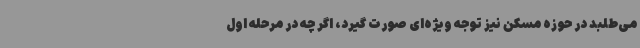
می‌طلبد در حوزه مسکن نیز توجه ویژه‌ای صورت گیرد، اگر چه در مرحله اول